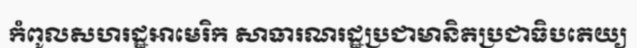
កំពូលសហរដ្ឋអាមេរិក សាធារណរដ្ឋប្រជាមានិតប្រជាធិបតេយ្យ